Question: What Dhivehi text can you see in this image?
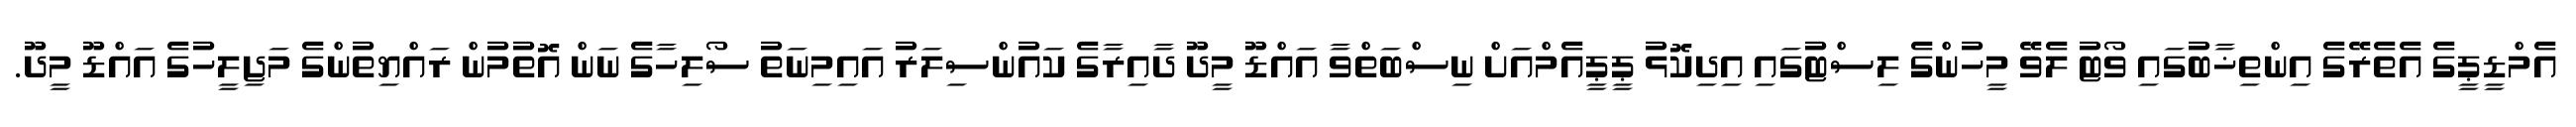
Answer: އެމްޑީޕީގެ އެތެރޭގެ އިންތިޚާބުގައި ވޯޓު ލެވޭ މީހުންގެ ލިސްޓުގައި އިދިކޮޅު ޕީޕީއެމްއަށް ނިސްބަތްވާ އައްޑޫ މީދޫ ދާއިރާގެ ކައުންސިލަރު އައިމިނަތު ސޯލިހާގެ ނަން އޮތުމުން ރައްޔިތުންގެ މަޖިލީހުގެ އައްޑޫ މީދޫ.